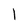
Character: 1